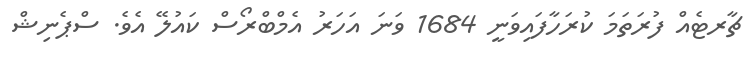
ޗާރޓެއް ފުރަތަމަ ކުރަހާފައިވަނީ 1684 ވަނަ އަހަރު އެމްބްރޯސް ކައުލޭ އެވެ. ސްޕެނިޝް